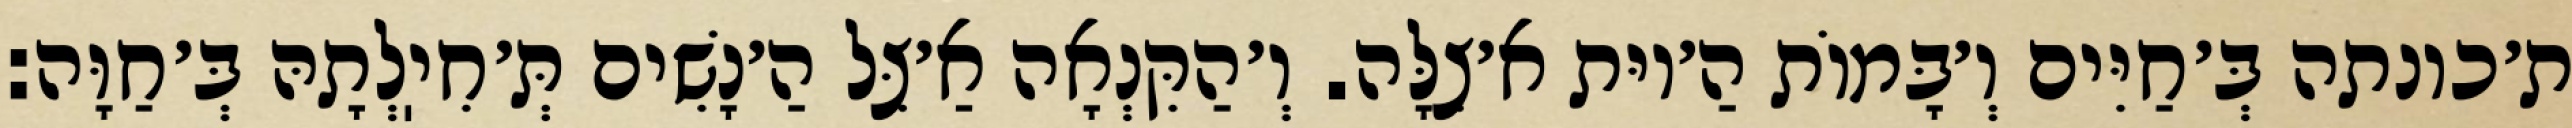
ת׳כונתה בְּ׳חַיִּים וְ׳בָּמוֹת הַ׳יוּת א׳צִלָּה. וְ׳הַקִּנְאָה אַ׳צֵּל הַ׳נָשִׁים תְּ׳חִיֽלְתָהּ בְּ׳חַוָּה: